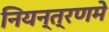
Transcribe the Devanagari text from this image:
नियन्त्रणमे